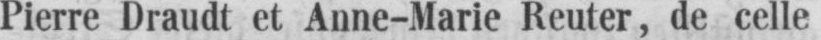
Pierre Draudt et Anne-Marie Reuter, de celle